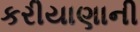
કરીયાણાની